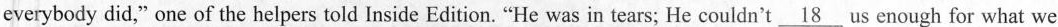
everybody did," one of the helpers told Inside Edition. “He was in tears；He couldn't\underline{18} us enough for what we